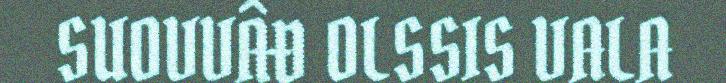
SUOVVÂĐ OLSSIS VALA